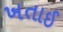
ખતાઈ